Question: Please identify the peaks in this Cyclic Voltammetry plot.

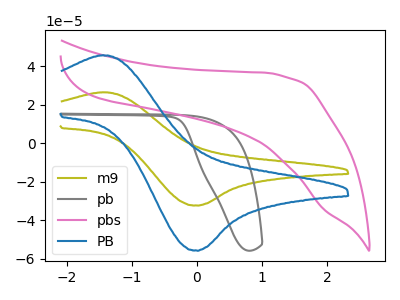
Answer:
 <answer>The olive curve "m9" has an anodic peak at (-1.45V, 26.60uA) and a cathodic peak at (0.00V, -32.35uA). The gray curve "pb" has no peaks. The pink curve "pbs" has no peaks. The blue curve "PB" has an anodic peak at (-1.45V, 45.85uA) and a cathodic peak at (0.00V, -55.80uA).</answer>
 <eval></eval>